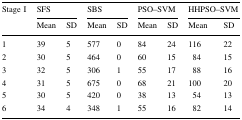
<table><thead><tr><td rowspan="2"><b>Stage I</b></td><td colspan="2"><b>SFS</b></td><td colspan="2"><b>SBS</b></td><td colspan="2"><b>PSO–SVM</b></td><td colspan="2"><b>HHPSO–SVM</b></td></tr><tr><td><b>Mean</b></td><td><b>SD</b></td><td><b>Mean</b></td><td><b>SD</b></td><td><b>Mean</b></td><td><b>SD</b></td><td><b>Mean</b></td><td><b>SD</b></td></tr></thead><tbody><tr><td>1</td><td>39</td><td>5</td><td>577</td><td>0</td><td>84</td><td>24</td><td>116</td><td>22</td></tr><tr><td>2</td><td>30</td><td>5</td><td>464</td><td>0</td><td>60</td><td>15</td><td>84</td><td>15</td></tr><tr><td>3</td><td>32</td><td>5</td><td>306</td><td>1</td><td>55</td><td>17</td><td>88</td><td>16</td></tr><tr><td>4</td><td>31</td><td>5</td><td>675</td><td>0</td><td>68</td><td>21</td><td>100</td><td>20</td></tr><tr><td>5</td><td>30</td><td>5</td><td>420</td><td>0</td><td>38</td><td>13</td><td>54</td><td>13</td></tr><tr><td>6</td><td>34</td><td>4</td><td>348</td><td>1</td><td>55</td><td>16</td><td>82</td><td>14</td></tr></tbody></table>